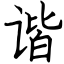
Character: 谐